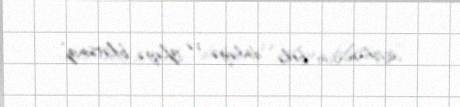
açıqlamasını belə, dinləyə və izləyə bilərsiniz”.